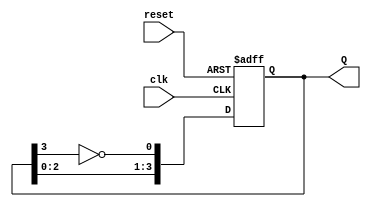
module johnson_counter (
    input wire clk,       // Clock signal
    input wire reset,     // Reset signal
    output reg [3:0] Q    // 4-bit output representing the current state
);

// Sequential logic for the Johnson counter
always @(posedge clk or posedge reset) begin
    if (reset) begin
        Q <= 4'b0000;    // Initialize the counter to 0000 on reset
    end else begin
        Q[0] <= ~Q[3];   // FF0 takes the inverted value of FF3
        Q[1] <= Q[0];    // FF1 takes the current value of FF0
        Q[2] <= Q[1];    // FF2 takes the current value of FF1
        Q[3] <= Q[2];    // FF3 takes the current value of FF2
    end
end

endmodule